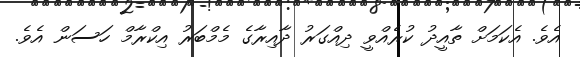
އެވެ. އެކަމަށް ތާއީދު ކުރެއްވީ ދިއްގަރު ދާއިރާގެ މެމްބަރު އިކްރާމް ހަސަން އެވެ.